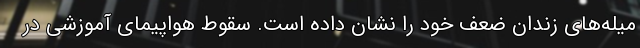
میله‌های زندان ضعف خود را نشان داده است. سقوط هواپیمای آموزشی در